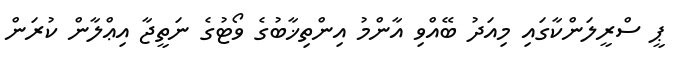
ޕީ ސްރީލަންކާގައި މިއަދު ބޭއްވި އާންމު އިންތިޚާބުގެ ވޯޓުގެ ނަތީޖާ އިޢްލާން ކުރަން